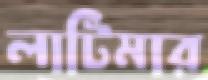
লাটিমার